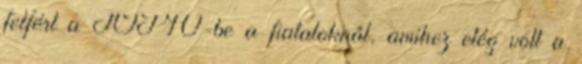
felfért a TOP10-be a fiataloknál, amihez elég volt a